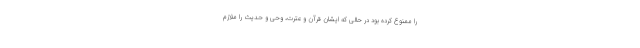
را ممنوع کرده بود در حالی که ایشان قرآن و عترت، وحی و حدیث را ملازم